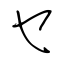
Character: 乜